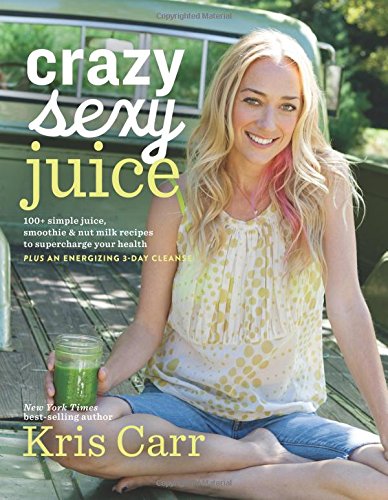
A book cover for Crazy Sexy Juice: 100+ Simple Juice, Smoothie & Nut Milk Recipes to Supercharge Your Health; Kris Carr; Cookbooks, Food & Wine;